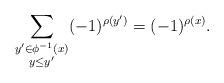
LaTeX: \begin{align*} \sum_{\substack{y'\in \phi^{-1}(x)\\ y\leq y'}} (-1)^{\rho(y')} = (-1)^{\rho(x)}. \end{align*}